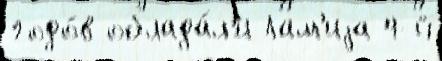
годо́в облада́л'и Лам'иjа 4-й